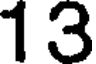
13